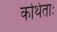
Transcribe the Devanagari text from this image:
कथिताः